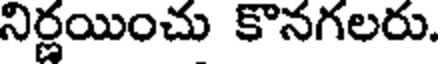
నిర్ణయించు కొనగలరు.